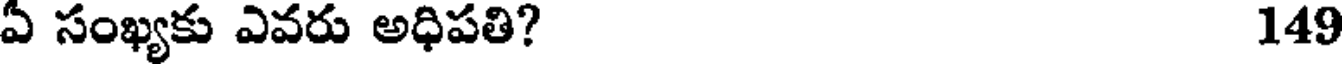
ఏ సంఖ్యకు ఎవరు అధిపతి? 149